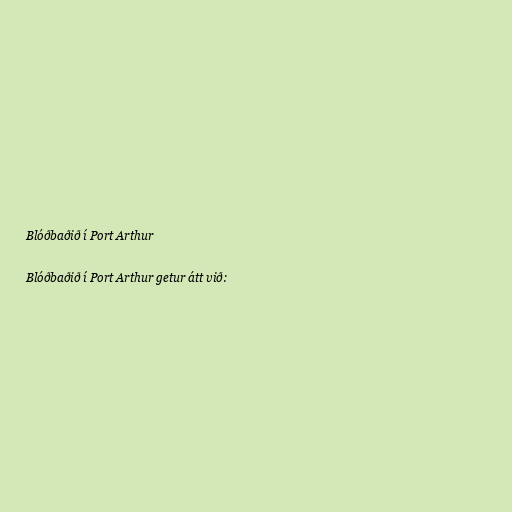
Blóðbaðið í Port Arthur

Blóðbaðið í Port Arthur getur átt við: